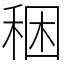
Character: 稇